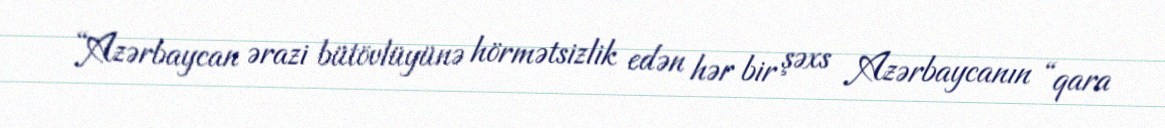
“Azərbaycan ərazi bütövlüyünə hörmətsizlik edən hər bir şəxs Azərbaycanın “qara